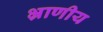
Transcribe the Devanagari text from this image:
भ्राणीय